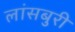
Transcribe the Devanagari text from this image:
लांसबुरी